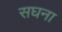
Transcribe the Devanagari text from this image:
सघना